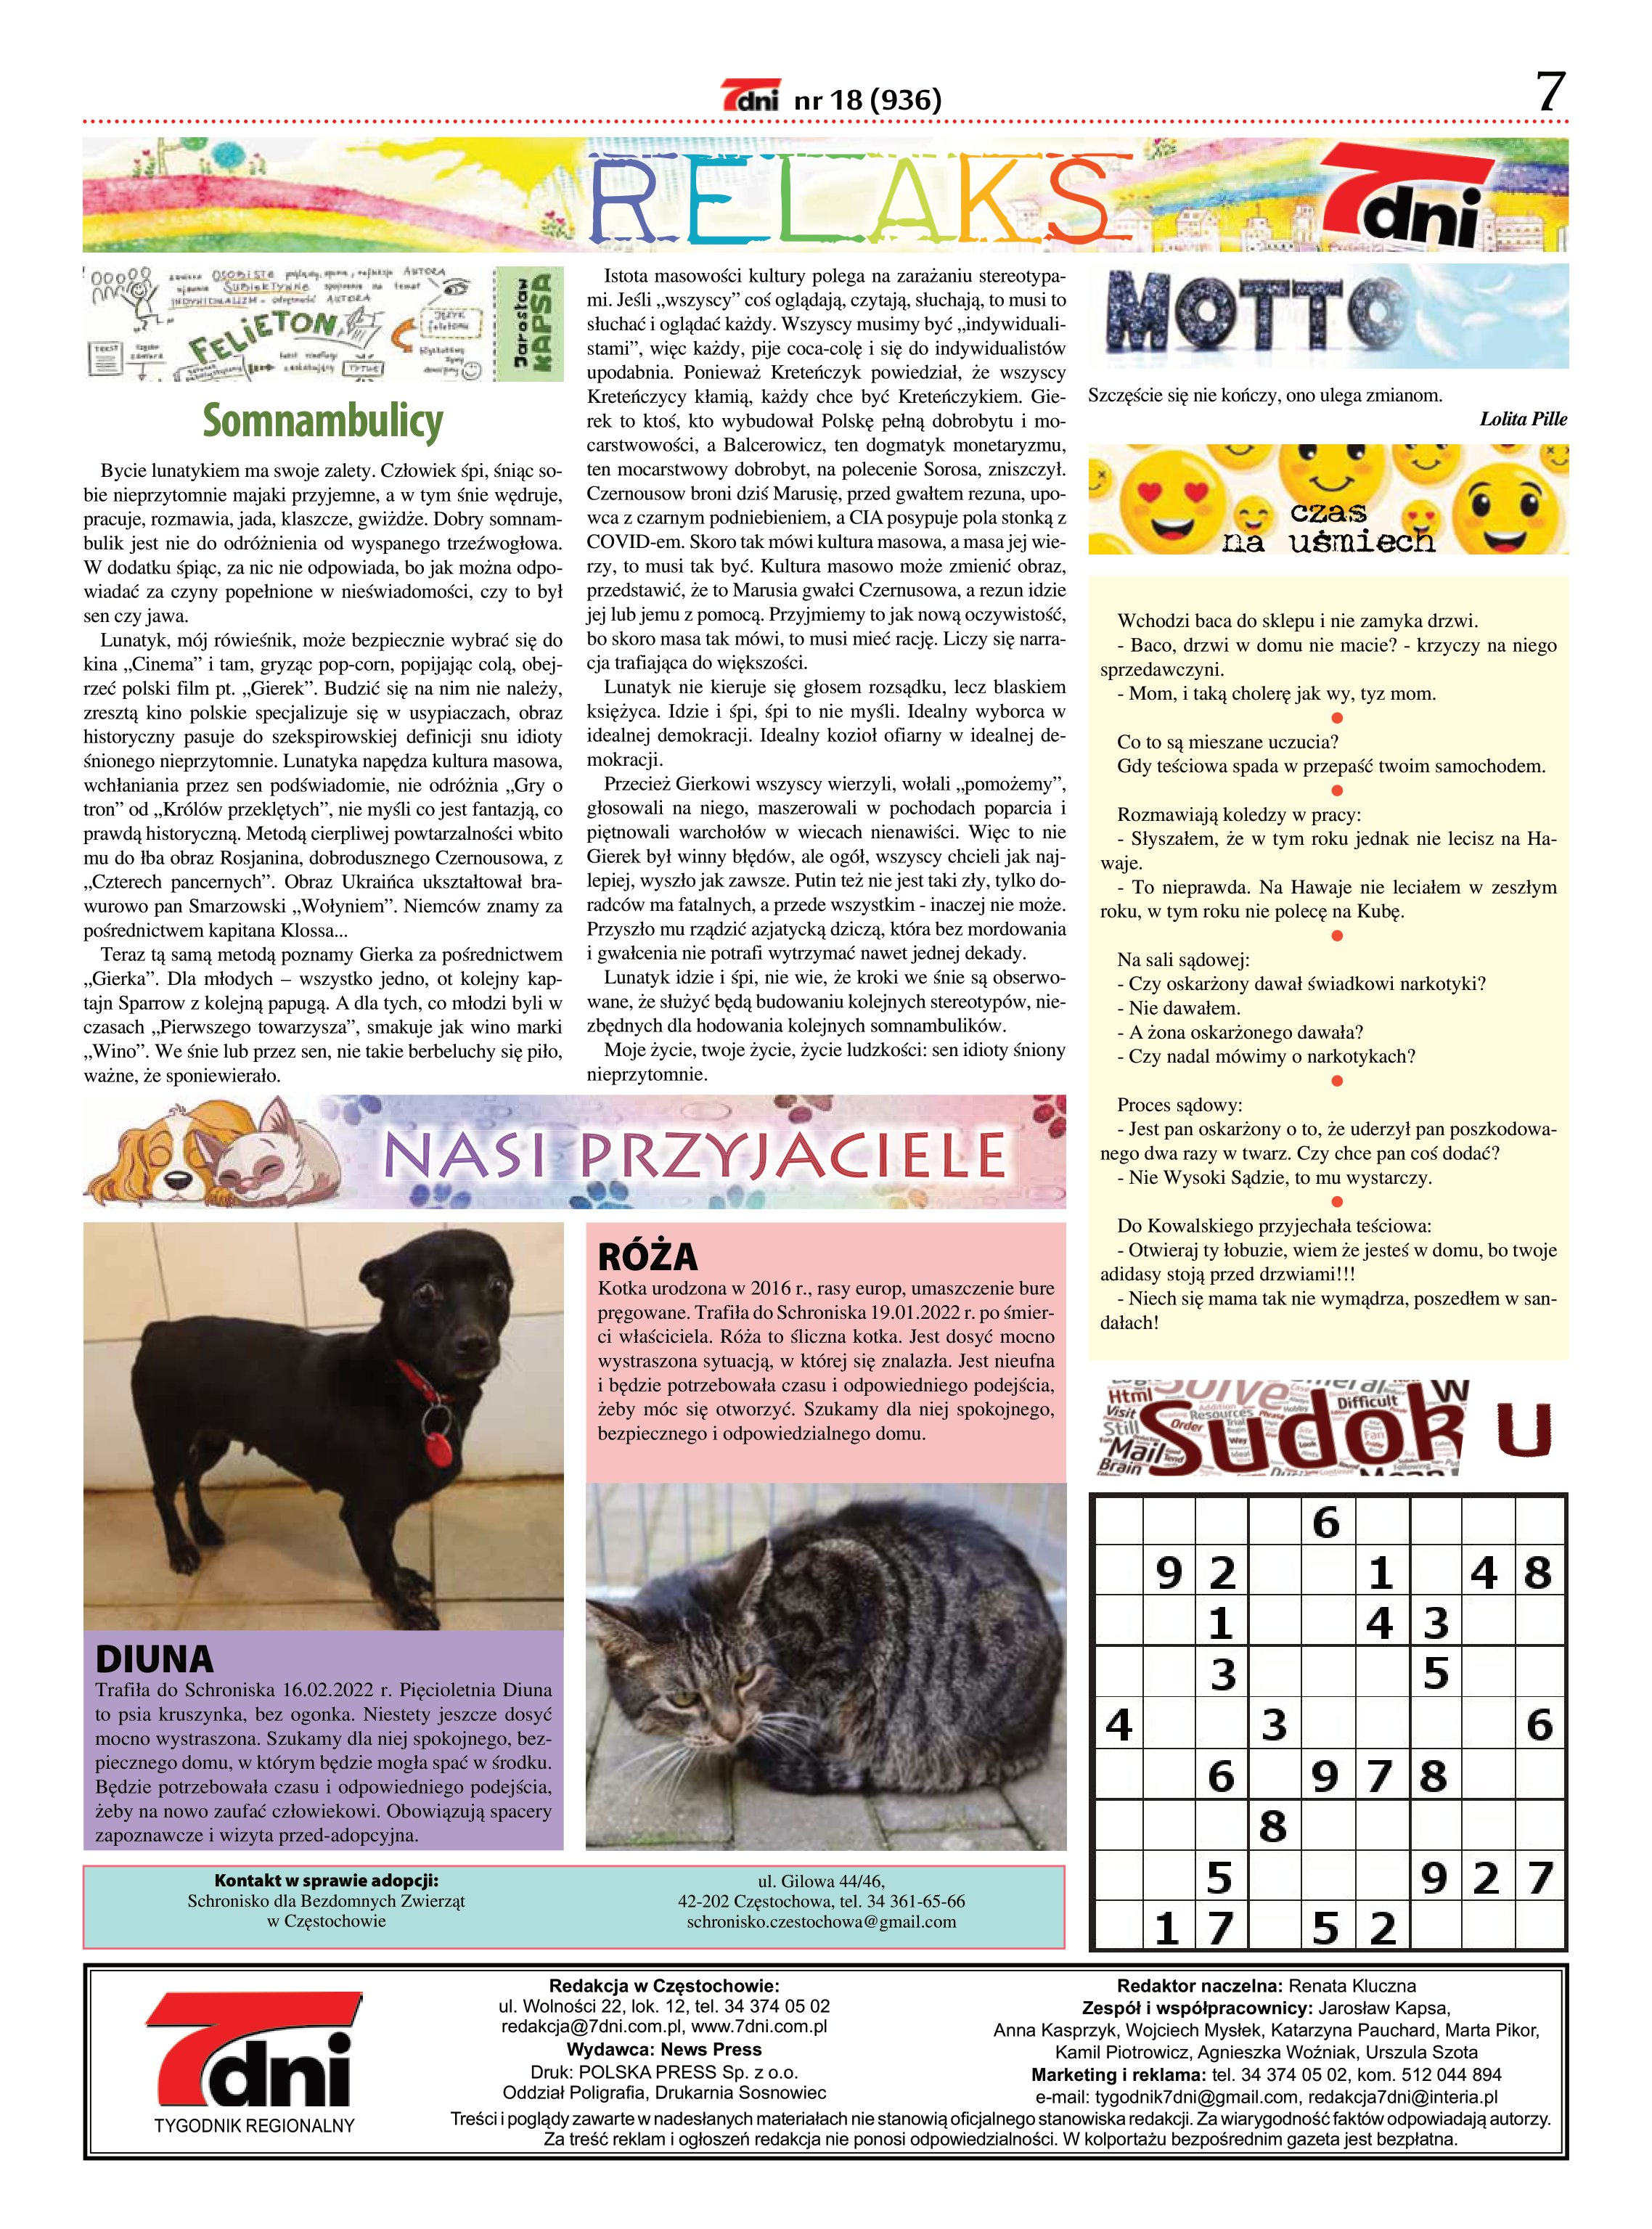
Language: pl